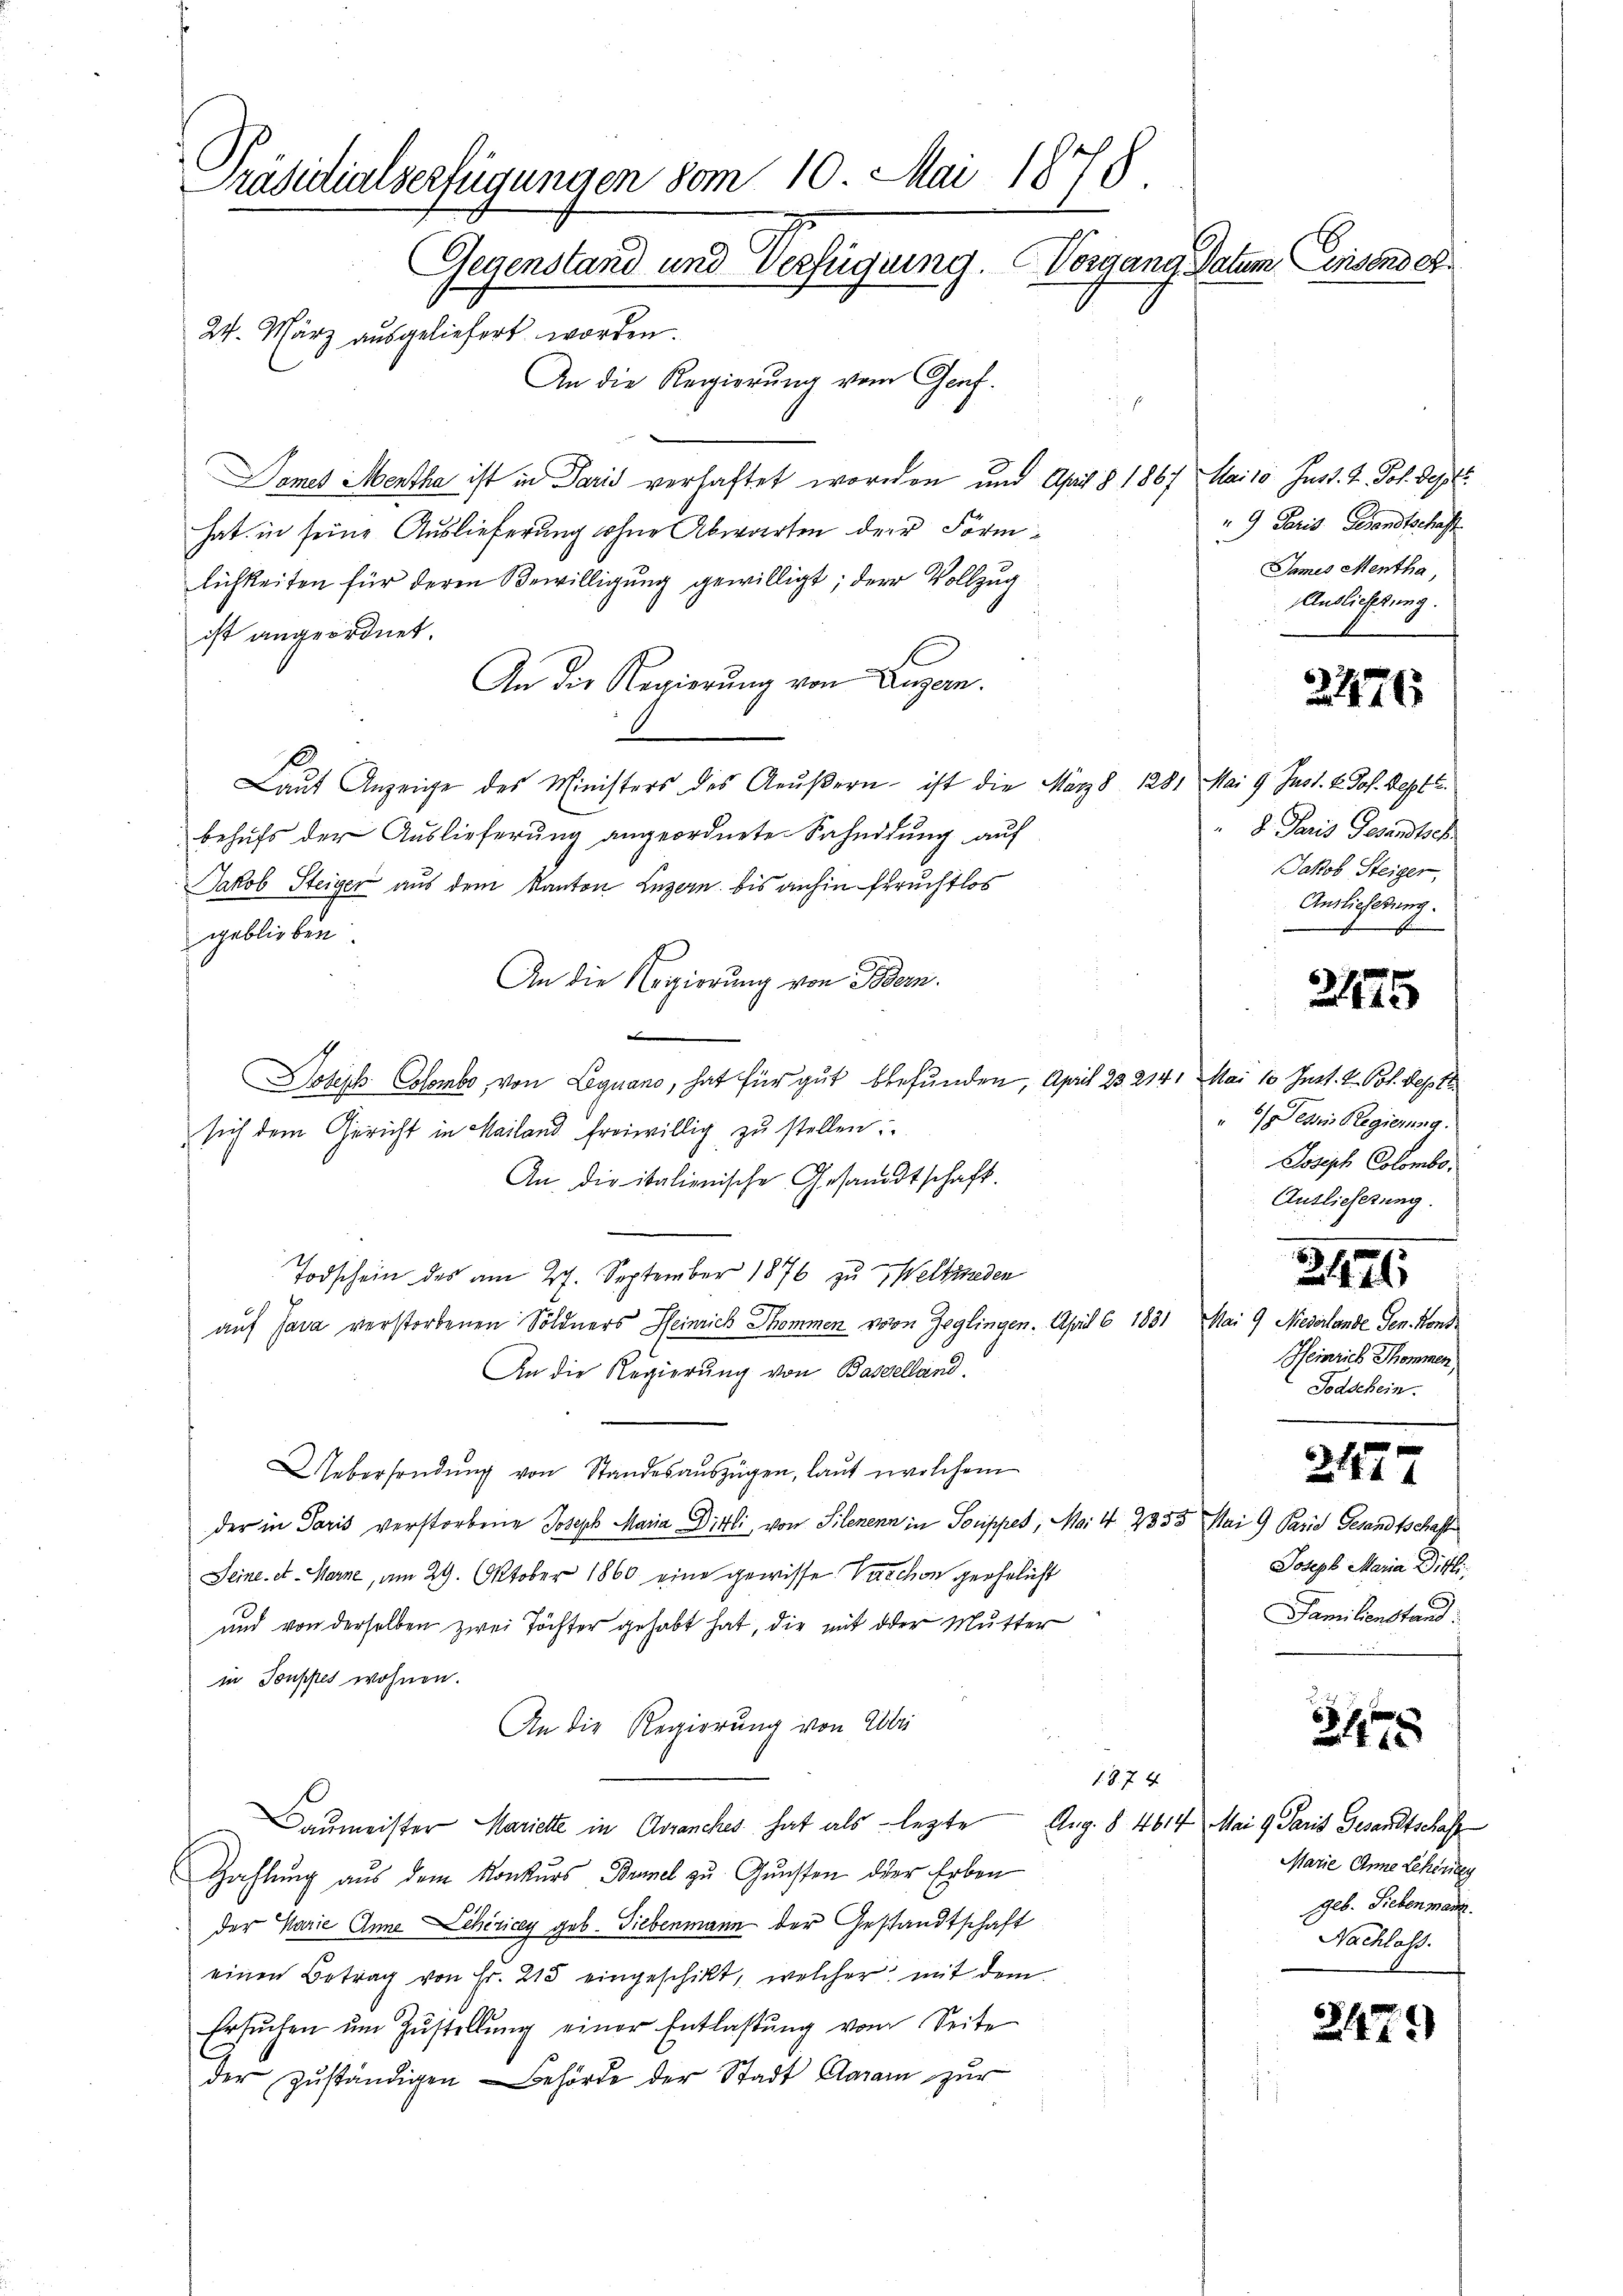
Präsidialverfügungen vom 10. Mai 1878.
Vorgang Datum Consend er
Gegenstand und Verfügung.
24. März ausgeliefert worden.
An die Regierung vom Genf.
Dames Mentha ist in Paris verhaftet worden und April § 1867 Mais Just. I. Joh. Septe

hat in seine Auslieferung ohne Abwarten der Förmlichkeiten für deren Bewilligung gewilligt; der Vollzug
ist angeordnet.
An die Regierung von Luzern.
1
Laut Anzeige des Ministers des Aeußern ist die März 8. 1281 Mai 9 Just. v. Jos. Sept.
behufs der Auslieferung angeordnete Sahndung auf
Jakob Steiger aus dem Kanton Luzern bis anhin Erruchtlos
geblieben.
An die Regierung von Bern.
.
Joseph Colombe, von Leguano, hat für gut befunden, April 23. 214. Mai 10 Just. V. Pot. Sept
sich dem Gericht in Mailand freiwillig zu stellen:
An die italienische Gesandtschaft.
Todschein des am 27. September 1876 zu Weltieden
auf Java verstorbenen Söldners Heinrich Thommen von Zeglingen. April 6. 1831 Mai 9 Niederlande Gen. Kons.
An die Regierung von Baselland.
Uebersendŭng von Standesauszügen, laut welchem
der in Paris verstorbene Joseph Maria Dietli, von Silenenn in Souppes, Mai 4 2353 Mai 9 Paris Gesandtschaft
Seine. et. Marne, am 29. Oktober 1860 eine gewisse Varchon geehrlicht
und von derselben zwei Töchter gehabt hat, die mit der Mutter
in Touppes wohnen.
An die Regierung von Übri
.
1974
Baumeister Mariette in Avranches hat als legte Aug. § 4614 Mai 9 Paris Gesandtschaff
Zahlung aus dem Konkurs Brunel zu Gunsten der Erben
der Marie Anna chiricey geb. Giebenmann der Gestandtschaft
einen Betrag von Fr. 215 eingeschikt, welcher mit dem
Ersŭchen ŭm Zŭstellŭng einer Entlassŭng vom Seite
der zuständigen Behörde der Stadt Garan zur

9 Paris Gesandtschaft
James Mentha,
Auslichtung.

2476

d. Paris Gesandtsch
Jakob Steiger,
Auslieferung.

2425

6) ein Regierung.
Joseph Colombo¬
Auslieferung.

3476

Heinrich Thommen,
Todschein.

2427

Joseph Maria Ditli
Familienstand:

347

Marie Anne Leheniley
geb. Sieben man
Nachlass.

2479